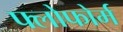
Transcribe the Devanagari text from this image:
फ्लोफोर्म